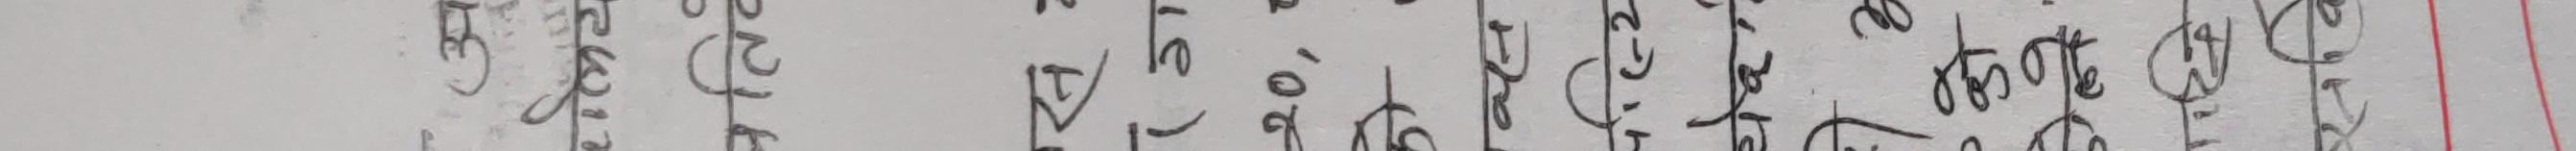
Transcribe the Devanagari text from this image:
केही